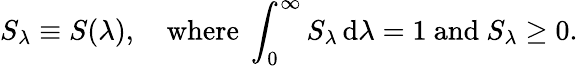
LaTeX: S_{\lambda}\equiv S(\lambda),\quad\textrm{where~}\int_{0}^{\infty}S_{\lambda}\, \mathrm{d}\lambda=1\textrm{~and~}S_{\lambda}\ge 0.